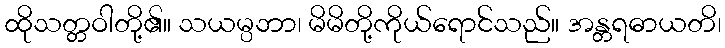
ထိုသတ္တဝါတို့၏။ သယမ္ပဘာ၊ မိမိတို့ကိုယ်ရောင်သည်။ အန္တရဓာယတိ၊